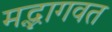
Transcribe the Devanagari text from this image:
मद्भागवत